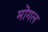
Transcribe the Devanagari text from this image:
मॊगल